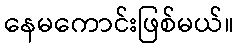
နေမကောင်းဖြစ်မယ်။